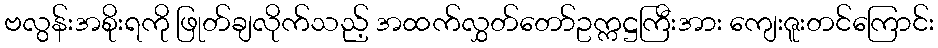
ဗလွန်းအစိုးရကို ဖြုတ်ချလိုက်သည့် အထက်လွှတ်တော်ဥက္ကဋ္ဌကြီးအား ကျေးဇူးတင်ကြောင်း